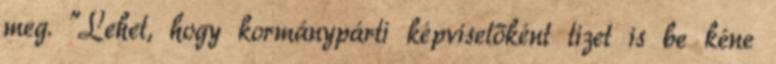
meg. "Lehet, hogy kormánypárti képviselőként tizet is be kéne